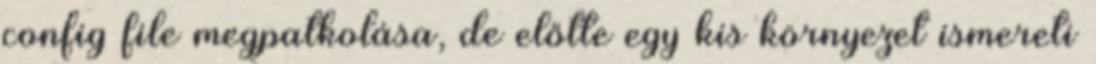
config file megpatkolása, de előtte egy kis környezet ismereti